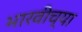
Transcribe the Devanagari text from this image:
भारवीच्या